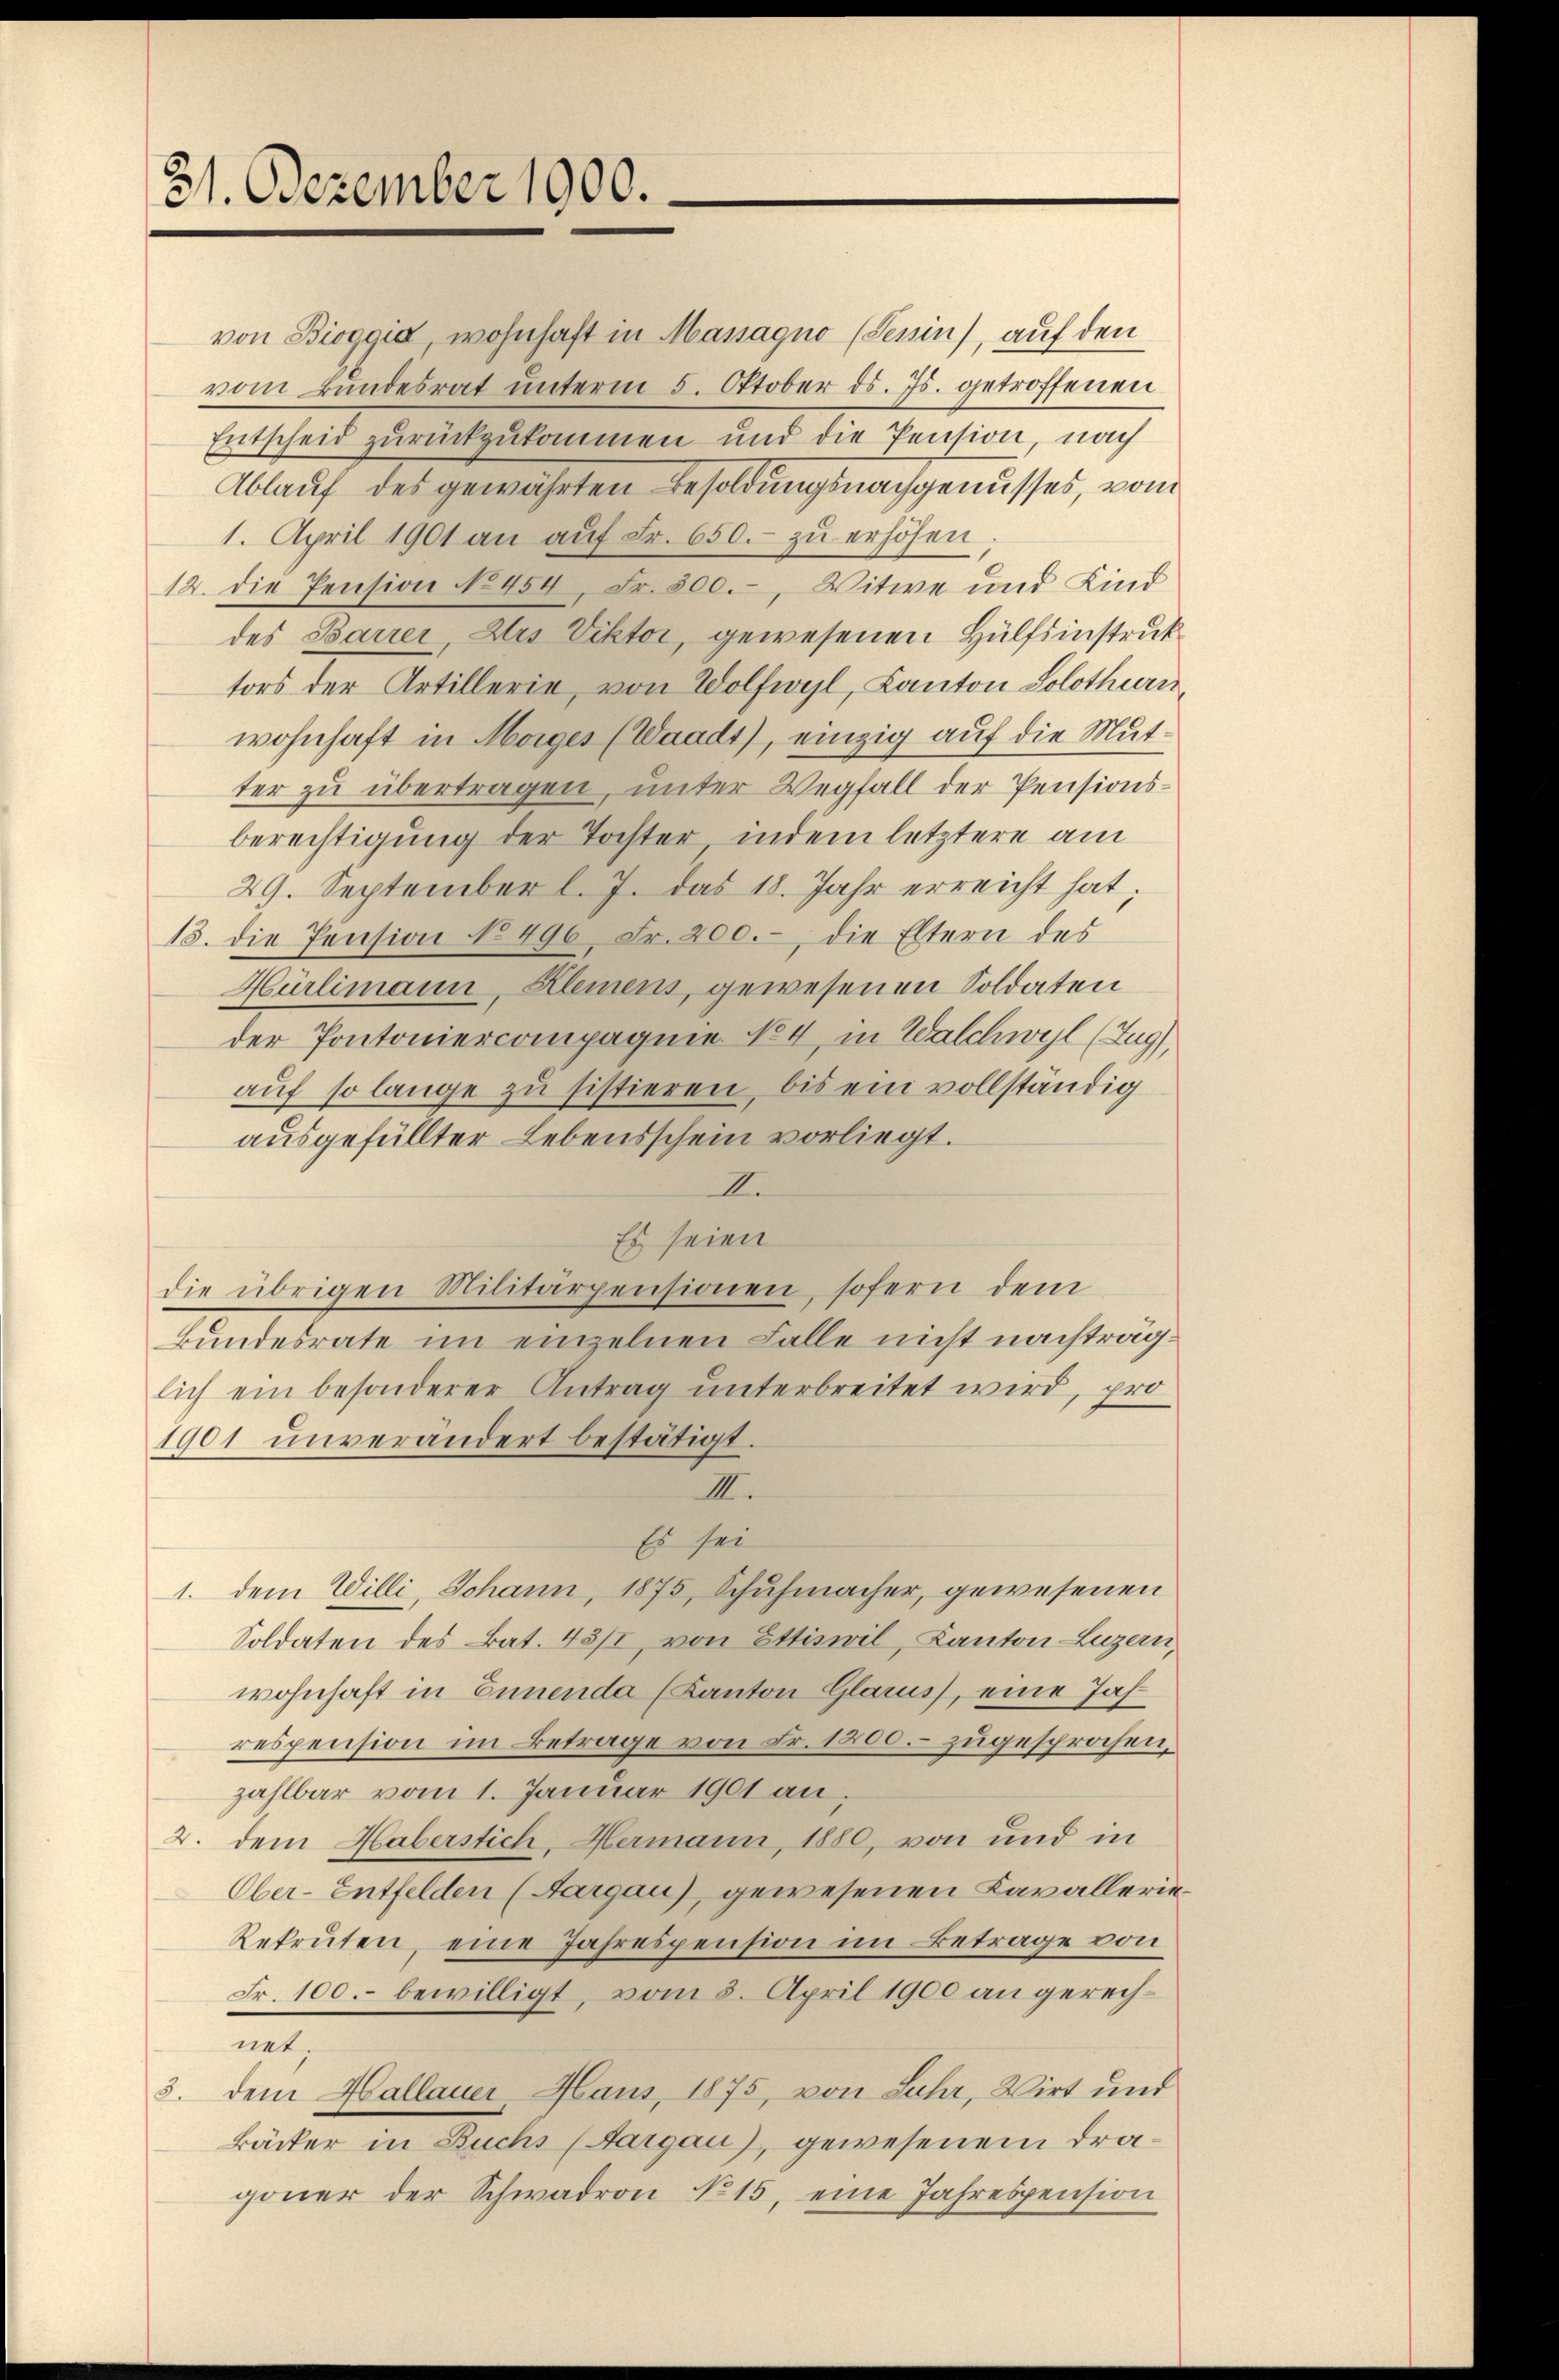
31. Dezember 1900.

von Bioggia, wohnhaft in Massagno (Sepin), auf den
vom Bundesrat unterm 5. Oktober ds. Js. getroffenen
Entscheid zurückzukommen und die Pension, nach
Ablauf des gewährten Besoldungsnachgenusses, vom
1. April 1901 an aŭf Fr. 650.- zŭ erhöhen,
12. die Pension No 454, Fr. 500., Witwe und Kind
des Barrer, Urs Viktor, gewesenen Hülfsinstruk
tors der Artillerie, von Wolfwyl, Canton Solothurn,
wohnhaft in Morges (Waadt), einzig auf die Mutter zu übertragen, unter Wegfall der Pensionsberechtigung der Tochter, indem letztere am
29. September l. J. das 18. Jahr erreicht hat;
13. die Pension No 490 Fr. 200. die Eltern des
Hürlimann, Kleinens, gewesenen Soldaten
der Pontoniercompagnie No 4, in Walchwyl (Zug),
aŭf so lange zu sistieren, bis ein vollständig
ausgefüllter Lebensschein vorliegt.
I.
Es seien
die übrigen Militärpensionen, sofern dem
Bundesrate im einzelnen Falle nicht nachträglich ein besonderer Antrag unterbreitet wird, pro
1901 unverändert bestätigt.
III.
Es sei
1. dem Willi, Johann, 1875, Schuhmacher, gewesenen
Soldaten des Bat. 43/1, von Ettiswil, Kanton Luzern
wohnhaft in Ennenda (Kanton Glarus, eine Jahrespension im Betrage von Fr. 1200. zugesprochen,
zahlbar vom 1. Januar 1901 an.
2. dem Haberstich, Hermann, 1880, von und in
Ober-Entfelden (Aargau), gewesenen Kavallerie¬
Rekruten, eine Jahrespension im Betrage von
Fr. 100.- bewilligt, vom 8. April 1900 an gerechnet.
3. dem Hallauer-Haus, 1875, von Suhr, Wirt und
Bäcker in Buchs (Aargau), gewesenem Dragoner der Schwadron No 15, eine Jahrespension